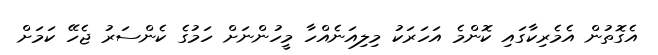
އެގޮތުން އެމެރިކާގައި ކޮންމެ އަހަރަކު މިލިއަނެއްހާ މީހުންނަށް ހަމުގެ ކެންސަރު ޖެހޭ ކަމަށް